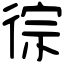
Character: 徖